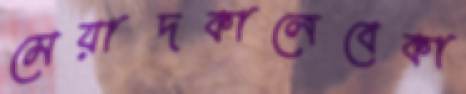
মেয়াদকালেবেকা